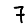
Digit: 7